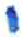
אות: י